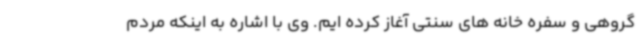
گروهی و سفره خانه های سنتی آغاز کرده ایم. وی با اشاره به اینکه مردم